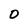
Character: 0